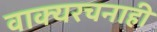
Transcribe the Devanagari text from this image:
वाक्यरचनाही